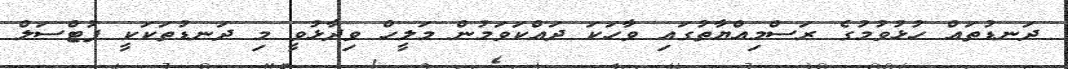
ދަނޑުތައް ހުޅުވުމުގެ ރަސްމިއްޔާތުގައި ވާހަަކަ ދައްކަވަމުން މަލީހް ވިދާޅުވީ މި ދަނޑުތަކަކީ ފުޓްސަލް